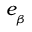
e _ { _ { \beta } }